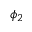
\phi _ { 2 }